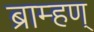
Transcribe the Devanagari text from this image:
ब्राम्हण्